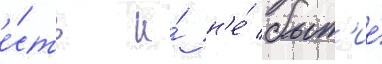
е́сть и́ н'е́ быт'ие́